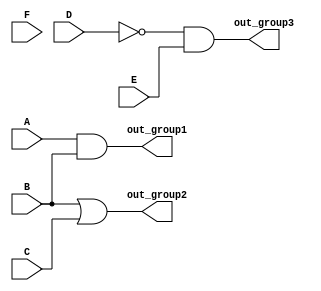
module combinational_logic_block (
    input wire A, B, C, D, E, F,
    output wire out_group1,
    output wire out_group2,
    output wire out_group3
);

// Group 1: Output = A AND B
assign out_group1 = A & B;

// Group 2: Output = B OR C
assign out_group2 = B | C;

// Group 3: Output = NOT D AND E
assign out_group3 = ~D & E;

endmodule